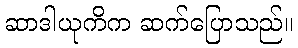
ဆာဒါယုကိက ဆက်ပြောသည်။